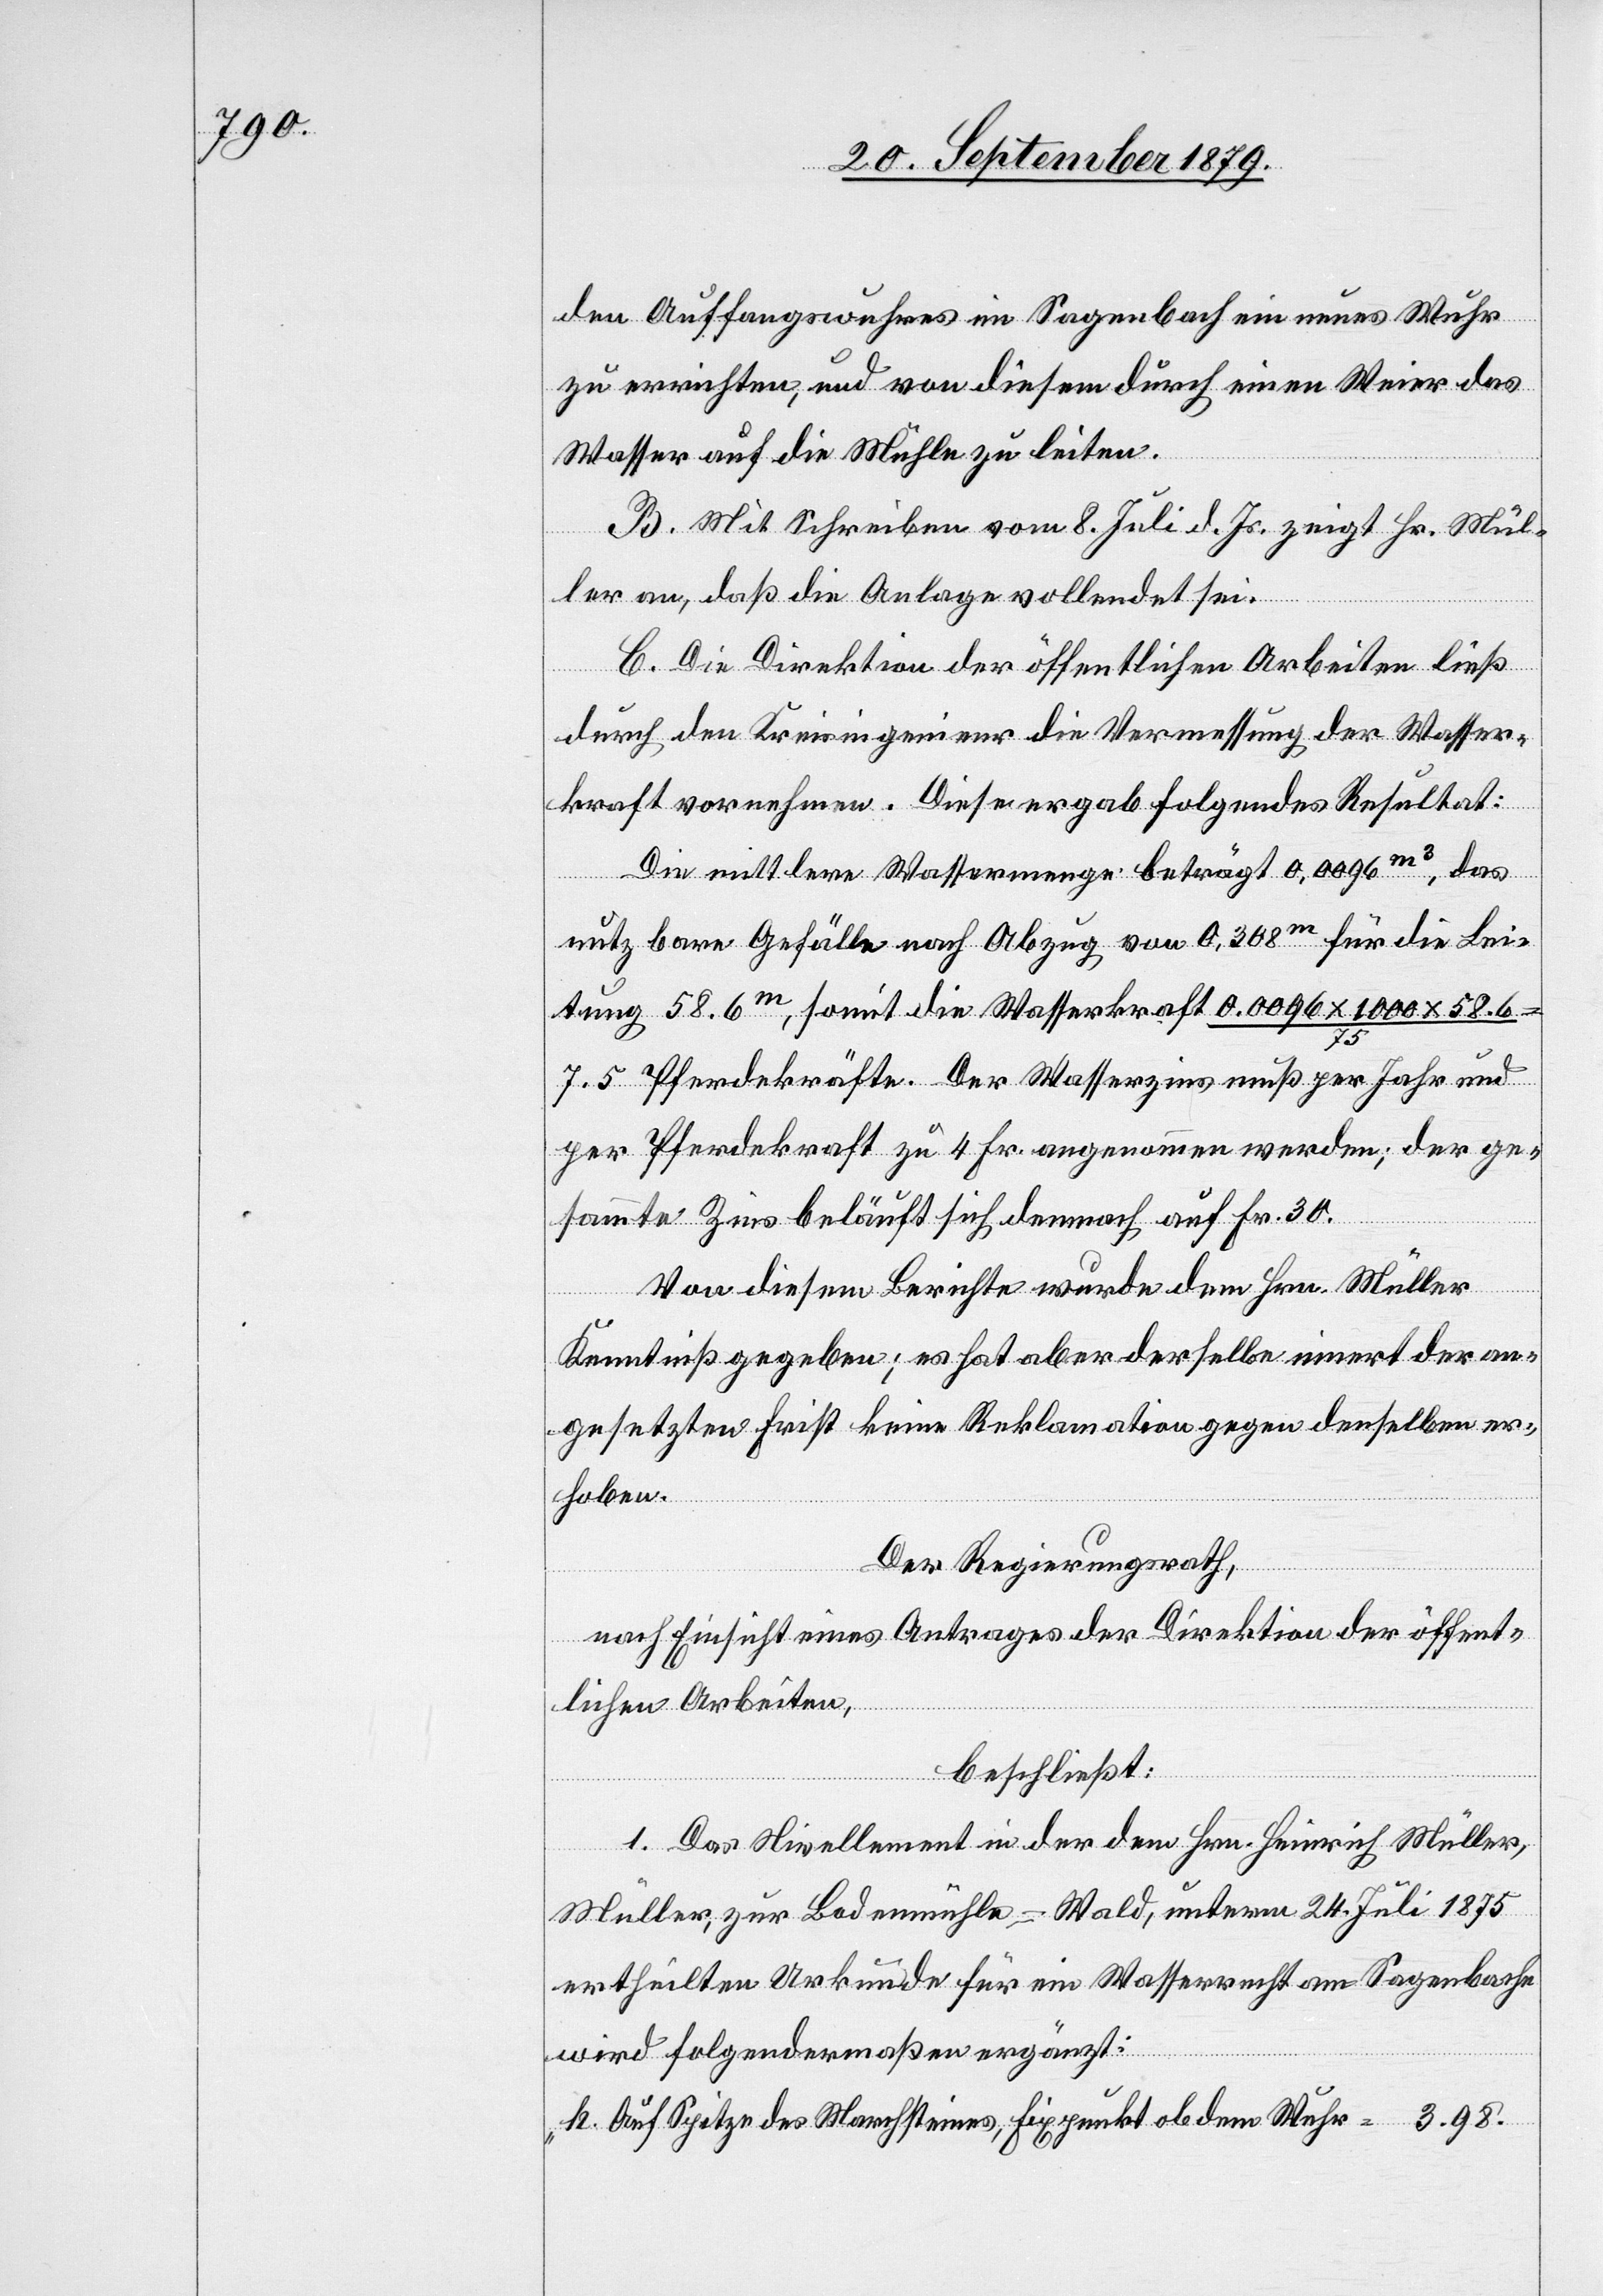
den Auffangswuhres im Sagenbach ein neues Wuhr
zu errichten, und von diesem durch einen Weier das
Wasser auf die Mühle zu leiten.
B. Mit Schreiben vom 8. Juli d. Js. zeigt Hr. Mül¬
ler an, daß die Anlage vollendet sei.
C. Die Direktion der öffentlichen Arbeiten ließ
durch den Kreisingenieur die Vermessung der Wasser¬
kraft vornehmen. Diese ergab folgendes Resultat:
Die mittlere Wassermenge beträgt 0,0096m3, das
nutzbare Gefälle nach Abzug von 0,308m für die Leis¬
tung 58.6m, somit die Wasserkraft 0.0096 x 1000 x 58.6
75
7.5 Pferdekräfte. Der Wasserzins muß per Jahr und
per Pferdekraft zu 4 Fr. angenommen werden; der ge¬
sammte Zins beläuft sich demnach auf Fr. 30.
Von diesem Berichte wurde dem Hrn. Müller
Kenntniß gegeben; es hat aber derselbe innert der an¬
gesetzten Frist keine Reklamation gegen denselben er¬
hoben.
Der Regierungsrath,
nach Einsicht eines Antrages der Direktion der öffent¬
lichen Arbeiten,
beschließt:
1. Das Nivellement in der dem Hrn. Heinrich Müller,
Müller, zur Bodenmühle - Wald, unterm 24. Juli 1875
ertheilten Urkunde für ein Wasserrecht am Sagenbache
wird folgendermaßen ergänzt:
„h. Auf Spitze des Marchsteines, Fixpunkt ob dem Wehr = 3.98.“